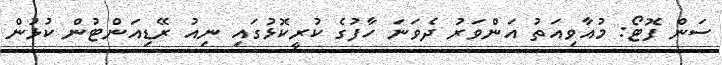
ސަން ފޮޓޯ: މުއާވިއަތު އަންވަރު ދެވަނަ ހާފުގެ ކުރީކޮޅުގައި ނިއު ރޭޑިއަންޓުން ކުޅުން